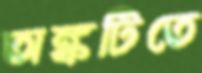
অঙ্কটিতে